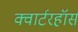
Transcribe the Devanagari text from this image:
क्वार्टरहॉर्स